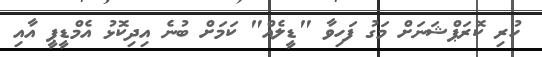
ހުރި ކޮރަޕްޝަނަށް މަގު ފަހިވާ "ޑީލެއް" ކަމަށް ބުނެ އިދިކޮޅު އެމްޑީޕީ އާއި